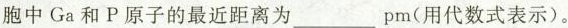
胞中Ga和P原子的最近距离为___pm(用代数式表示)。